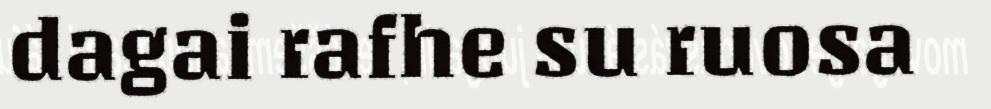
dagai rafhe su ruosa